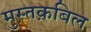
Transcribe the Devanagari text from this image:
मुस्तक़बिल